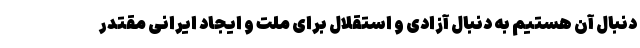
دنبال آن هستیم به دنبال آزادی و استقلال برای ملت و ایجاد ایرانی مقتدر